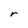
Character: r